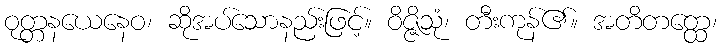
ဝုတ္တနယေနေဝ၊ ဆိုအပ်သောနည်းဖြင့်။ ဝိဇ္ဇိသုံ၊ တီးကုန်၏။ အတိတတ္ထေ၊